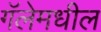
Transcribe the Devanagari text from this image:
गॅलेमधील